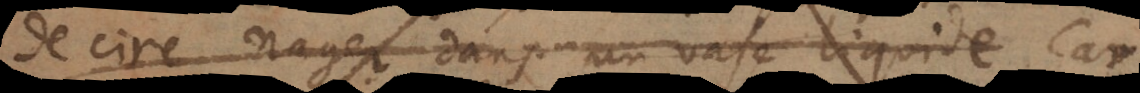
de cire nager dans un vase liquide.